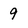
Character: 9